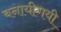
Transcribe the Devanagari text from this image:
बनायीगयी